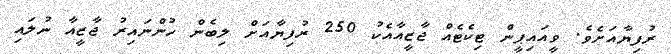
ރުފިޔާއަށެވެ. ވީއައިޕީން ޓިކެޓެއް ޖާޒީއާއެކު 250 ރުފިޔާއަށް ލިބެން ހުންނައިރު ޖާޒީއާ ނުލައި